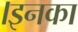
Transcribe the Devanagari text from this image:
।इनका